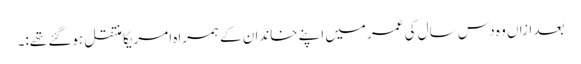
بعد ازاں وہ دس سال کی عمر میں اپنے خاندان کے ہمراہ امریکا منتقل ہوگئے تھے:۔